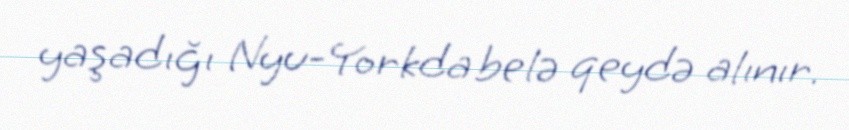
yaşadığı Nyu-Yorkda belə qeydə alınır.